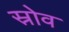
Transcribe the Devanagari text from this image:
स्रोव